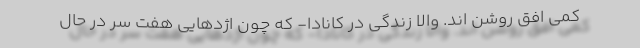
کمی افق روشن اند. والا زندگی در کانادا- که چون اژدهایی هفت سر در حال